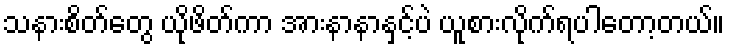
သနားစိတ်တွေ ယိုဖိတ်ကာ အားနာနာနှင့်ပဲ ယူစားလိုက်ရပါတော့တယ်။